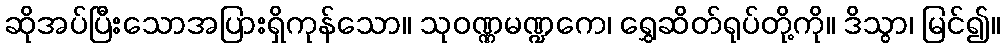
ဆိုအပ်ပြီးသောအပြားရှိကုန်သော။ သုဝဏ္ဏမဏ္ဍကေ၊ ရွှေဆိတ်ရုပ်တို့ကို။ ဒိသွာ၊ မြင်၍။